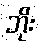
ဘိုး